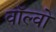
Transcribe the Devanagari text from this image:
वॉल्‍वो